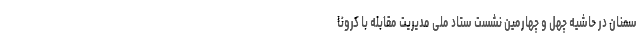
سمنان در حاشیه چهل و چهارمین نشست ستاد ملی مدیریت مقابله با کرونا